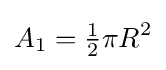
A_{1}={\tfrac {1}{2}}\pi R^{2}